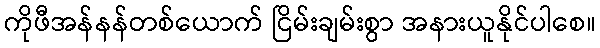
ကိုဖီအန်နန်တစ်ယောက် ငြိမ်းချမ်းစွာ အနားယူနိုင်ပါစေ။